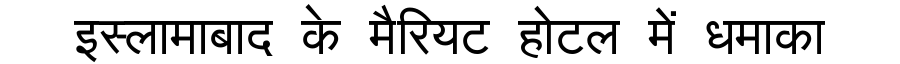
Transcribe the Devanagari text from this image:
इस्लामाबाद के मैरियट होटल में धमाका